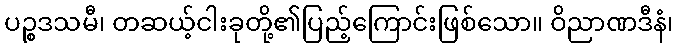
ပဉ္စဒသမီ၊ တဆယ့်ငါးခုတို့၏ပြည့်ကြောင်းဖြစ်သော။ ဝိညာဏဒီနံ၊